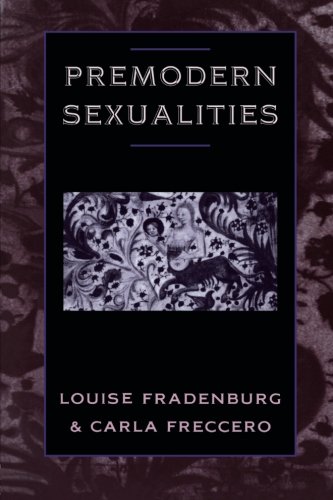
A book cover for Premodern Sexualities; Louise Fradenburg; Gay & Lesbian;